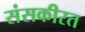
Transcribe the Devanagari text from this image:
संसकीरत